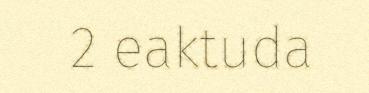
2 eaktuda